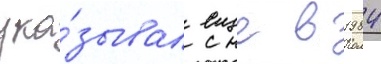
ука́зывал еще в 1984